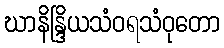
ဃာနိန္ဒြိယသံဝရသံဝုတော